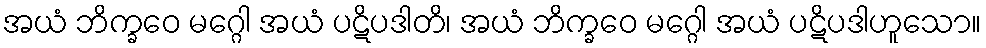
အယံ ဘိက္ခဝေ မဂ္ဂေါ အယံ ပဋိပဒါတိ၊ အယံ ဘိက္ခဝေ မဂ္ဂေါ အယံ ပဋိပဒါဟူသော။